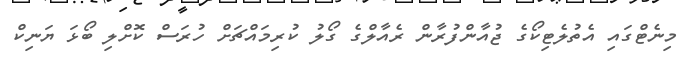
މިނެޓްގައި އެތުލެޓިކޯގެ ޖުއާންފުރާން ރެއާލްގެ ގޯލު ކުރިމައްޗަށް ހުރަސް ކޮށްލި ބޯޅަ ޔަނިކް